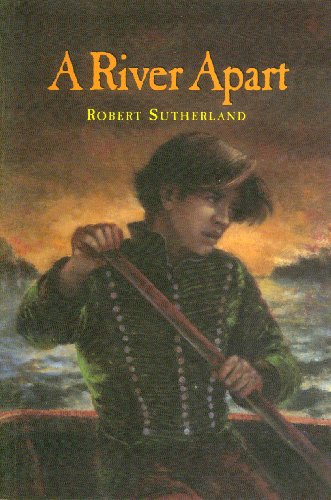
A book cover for River Apart; Robert Sutherland; Teen & Young Adult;